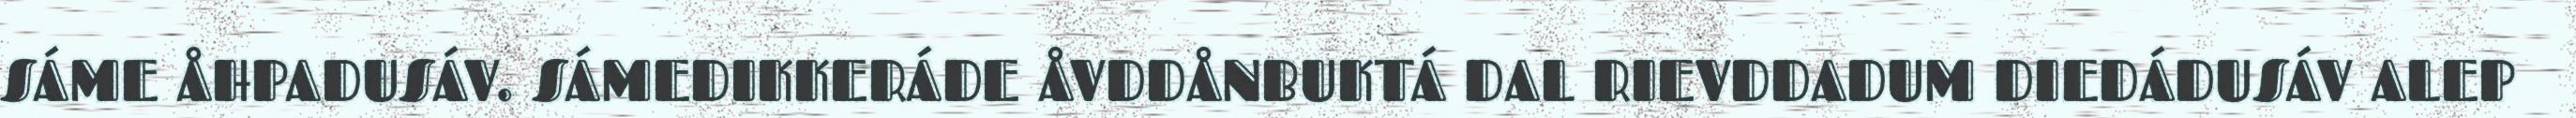
SÁME ÅHPADUSÁV. SÁMEDIKKERÁDE ÅVDDÅNBUKTÁ DAL RIEVDDADUM DIEDÁDUSÁV ALEP